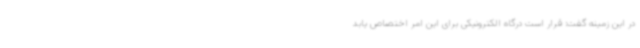
در این زمینه گفت: قرار است درگاه الکترونیکی برای این امر اختصاص یابد